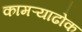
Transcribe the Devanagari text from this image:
कामऱ्याढोक